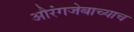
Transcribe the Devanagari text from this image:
औरंगजेबाच्याच